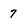
Character: 7